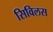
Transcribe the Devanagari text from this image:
सिविलस